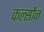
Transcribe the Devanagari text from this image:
कर्ल्सोन